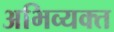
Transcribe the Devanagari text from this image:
अभिव्‍यक्त